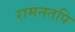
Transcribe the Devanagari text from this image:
रामनतपि